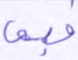
فبما